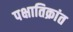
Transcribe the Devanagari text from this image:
पक्षातिक्रांत